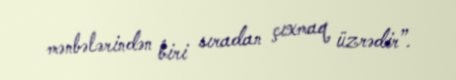
mənbələrindən biri sıradan çıxmaq üzrədir”.